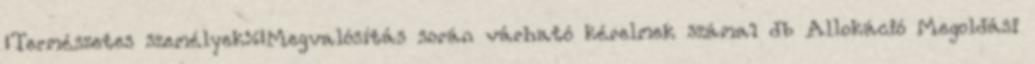
▪Természetes személyek%▪Megvalósítás során várható kérelmek száma1 db Allokáció Megoldási